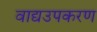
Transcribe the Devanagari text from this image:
वाद्यउपकरण